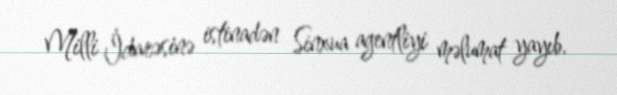
Milli İdarəsinə istinadən Sinxua agentliyi məlumat yayıb.